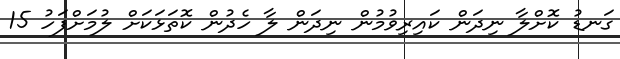
ގަނޑު ކޮށްލާ ނިދަން ކައިރިވުމުން ނިދަން ލާ ހެދުން ކޮތަޅަކަށް ލުމަށްފަހު 15